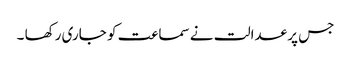
جس پر عدالت نے سماعت کو جاری رکھا ۔